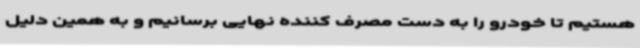
هستیم تا خودرو را به دست مصرف کننده نهایی برسانیم و به همین دلیل